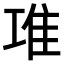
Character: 𨾊